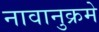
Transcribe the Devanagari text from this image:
नावानुक्रमे